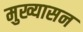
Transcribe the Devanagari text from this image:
मुख्यासन